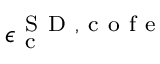
\epsilon _ { \mathrm { ~ c ~ } } ^ { { \mathrm { ~ S ~ D ~ } } , \mathrm { ~ c ~ o ~ f ~ e ~ } }